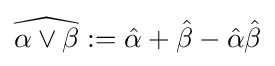
{\widehat {\alpha \vee \beta }}:={\hat {\alpha }}+{\hat {\beta }}-{\hat {\alpha }}{\hat {\beta }}